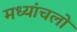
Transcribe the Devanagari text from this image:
मध्यांचलों